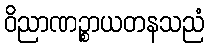
ဝိညာဏဉ္စာယတနသညံ